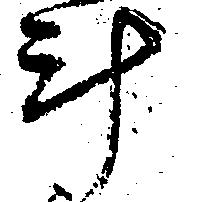
斗